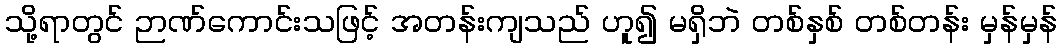
သို့ရာတွင် ဉာဏ်ကောင်းသဖြင့် အတန်းကျသည် ဟူ၍ မရှိဘဲ တစ်နှစ် တစ်တန်း မှန်မှန်